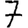
Digit: 7